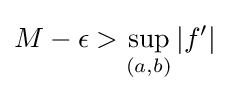
M-\epsilon >\sup _{(a,b)}|f'|